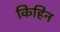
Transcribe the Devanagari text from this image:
किहिन